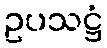
ဥပသဋ္ဌံ